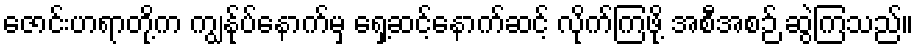
ဇောင်းဟရာတို့က ကျွန်ုပ်နောက်မှ ရှေ့ဆင့်နောက်ဆင့် လိုက်ကြဖို့ အစီအစဉ် ဆွဲကြသည်။